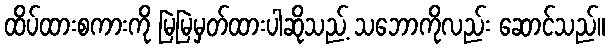
ထိပ်ထားစကားကို မြဲမြဲမှတ်ထားပါဆိုသည့် သဘောကိုလည်း ဆောင်သည်။